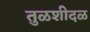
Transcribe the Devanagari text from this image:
तुळशीदळ